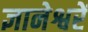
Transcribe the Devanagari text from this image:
ज्ञानेश्वरें